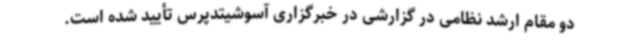
دو مقام ارشد نظامی در گزارشی در خبرگزاری آسوشیتدپرس تأیید شده است.